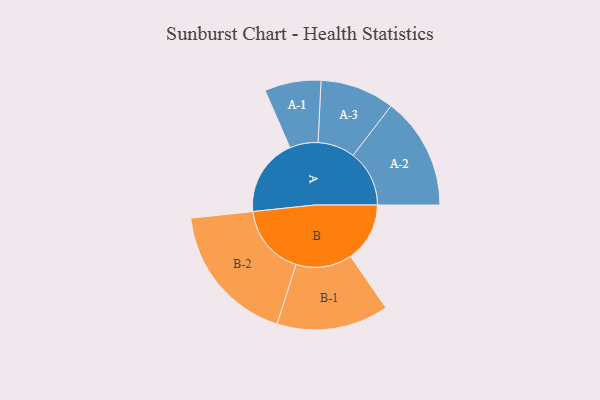
{"axis": {"x": "Segment", "y": "Value"}, "legend": ["", "A", "B"], "data": [{"x": "A", "y": 305, "type": ""}, {"x": "B", "y": 233, "type": ""}, {"x": "A-1", "y": 111, "type": "A"}, {"x": "A-2", "y": 221, "type": "A"}, {"x": "A-3", "y": 146, "type": "A"}, {"x": "B-1", "y": 220, "type": "B"}, {"x": "B-2", "y": 279, "type": "B"}]}